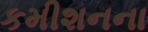
કમીશનના